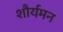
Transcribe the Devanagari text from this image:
शौर्यमन